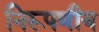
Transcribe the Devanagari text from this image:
निरूपणीय